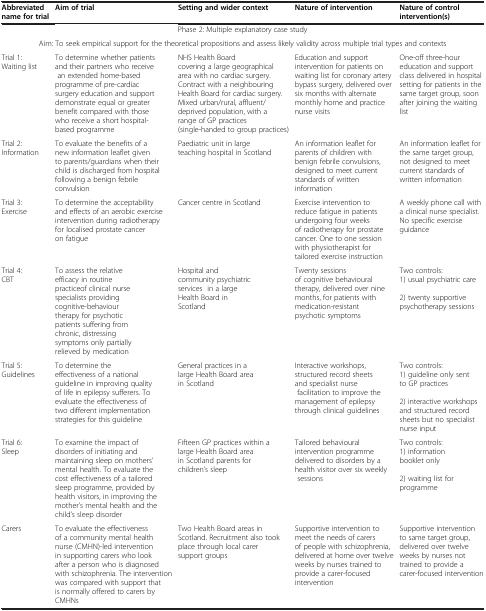
<table><thead><tr><td><b>Abbreviated name for trial</b></td><td><b>Aim of trial</b></td><td><b>Setting and wider context</b></td><td><b>Nature of intervention</b></td><td><b>Nature of control intervention(s)</b></td></tr></thead><tbody><tr><td colspan="5">Phase 2: Multiple explanatory case study</td></tr><tr><td colspan="5">Aim: To seek empirical support for the theoretical propositions and assess likely validity across multiple trial types and contexts</td></tr><tr><td>Trial 1: Waiting list</td><td>To determine whether patients and their partners who receive an extended home-based programme of pre-cardiac surgery education and support demonstrate equal or greater benefit compared with those who receive a short hospital- based programme</td><td>NHS Health Board covering a large geographical area with no cardiac surgery. Contract with a neighbouring Health Board for cardiac surgery. Mixed urban/rural, affluent/ deprived population, with a range of GP practices (single-handed to group practices)</td><td>Education and support intervention for patients on waiting list for coronary artery bypass surgery, delivered over six months with alternate monthly home and practice nurse visits</td><td>One-off three-hour education and support class delivered in hospital setting for patients in the same target group, soon after joining the waiting list</td></tr><tr><td>Trial 2: Information</td><td>To evaluate the benefits of a new information leaflet given to parents/guardians when their child is discharged from hospital following a benign febrile convulsion</td><td>Paediatric unit in large teaching hospital in Scotland</td><td>An information leaflet for parents of children with benign febrile convulsions, designed to meet current standards of written information</td><td>An information leaflet for the same target group, not designed to meet current standards of written information</td></tr><tr><td>Trial 3: Exercise</td><td>To determine the acceptability and effects of an aerobic exercise intervention during radiotherapy for localised prostate cancer on fatigue</td><td>Cancer centre in Scotland</td><td>Exercise intervention to reduce fatigue in patients undergoing four weeks of radiotherapy for prostate cancer. One to one session with physiotherapist for tailored exercise instruction</td><td>A weekly phone call with a clinical nurse specialist. No specific exercise guidance</td></tr><tr><td>Trial 4: CBT</td><td>To assess the relative efficacy in routine practiceof clinical nurse specialists providing cognitive-behaviour therapy for psychotic patients suffering from chronic, distressing symptoms only partially relieved by medication</td><td>Hospital and community psychiatric services in a large Health Board in Scotland</td><td>Twenty sessions of cognitive behavioural therapy, delivered over nine months, for patients with medication-resistant psychotic symptoms</td><td>Two controls: 1) usual psychiatric care 2) twenty supportive psychotherapy sessions</td></tr><tr><td>Trial 5: Guidelines</td><td>To determine the effectiveness of a national guideline in improving quality of life in epilepsy sufferers. To evaluate the effectiveness of two different implementation strategies for this guideline</td><td>General practices in a large Health Board area in Scotland</td><td>Interactive workshops, structured record sheets and specialist nurse facilitation to improve the management of epilepsy through clinical guidelines</td><td>Two controls: 1) guideline only sent to GP practices 2) interactive workshops and structured record sheets but no specialist nurse input</td></tr><tr><td>Trial 6: Sleep</td><td>To examine the impact of disorders of initiating and maintaining sleep on mothers’ mental health. To evaluate the cost effectiveness of a tailored sleep programme, provided by health visitors, in improving the mother’s mental health and the child’s sleep disorder</td><td>Fifteen GP practices within a large Health Board area in Scotland parents for children’s sleep</td><td>Tailored behavioural intervention programme delivered to disorders by a health visitor over six weekly sessions</td><td>Two controls: 1) information booklet only 2) waiting list for programme</td></tr><tr><td>Carers</td><td>To evaluate the effectiveness of a community mental health nurse (CMHN)-led intervention in supporting carers who look after a person who is diagnosed with schizophrenia. The intervention was compared with support that is normally offered to carers by CMHNs</td><td>Two Health Board areas in Scotland. Recruitment also took place through local carer support groups</td><td>Supportive intervention to meet the needs of carers of people with schizophrenia, delivered at home over twelve weeks by nurses trained to provide a carer-focused intervention</td><td>Supportive intervention to same target group, delivered over twelve weeks by nurses not trained to provide a carer-focused intervention</td></tr></tbody></table>